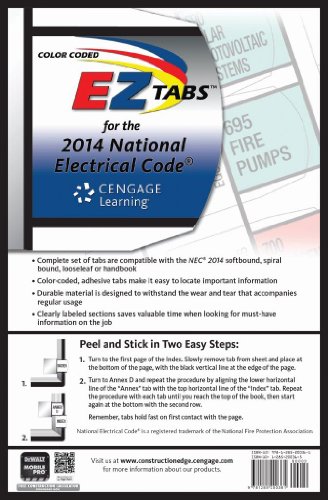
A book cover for Color Coded EZ Tabs for the 2014 National Electrical Code; John Riley; Engineering & Transportation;